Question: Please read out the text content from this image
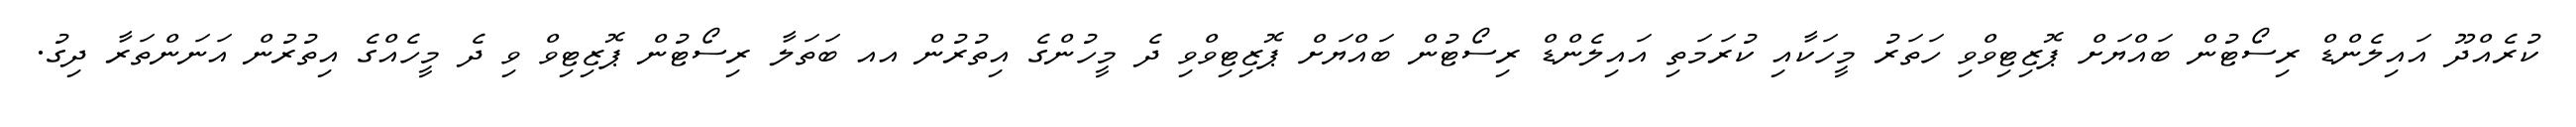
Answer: ކުރެއްދޫ އައިލެންޑް ރިސޯޓުން ބައްޔަށް ޕޮޒިޓިވްވި ހަތަރު މީހަކާއި ކުރަމަތި އައިލެންޑް ރިސޯޓުން ބައްޔަށް ޕޮޒިޓިވްވި ދެ މީހުންގެ އިތުރުން އއ ބަތަލާ ރިސޯޓުން ޕޮޒިޓިވް ވި ދެ މީހެއްގެ އިތުރުން އަނަންތަރާ ދިގު.